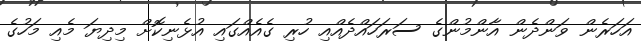
އަހަރެން ވަންދެން އާންމުންގެ ސަރަހައްދެއްއި ހުރި ގެއެއްގައި އުޅެނިކޮށް މިދިޔަ މެއި މަހުގެ